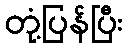
တုံ့ပြန်ပြီး